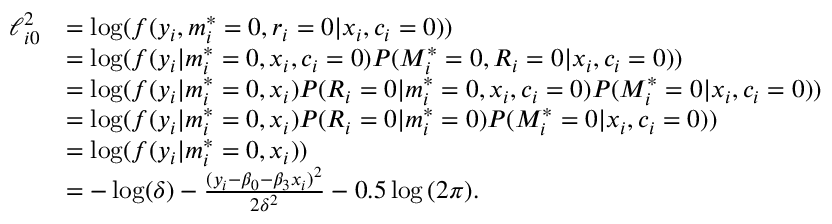
\begin{array} { r l } { \ell _ { i 0 } ^ { 2 } } & { = \log ( f ( y _ { i } , m _ { i } ^ { * } = 0 , r _ { i } = 0 | x _ { i } , c _ { i } = 0 ) ) } \\ & { = \log ( f ( y _ { i } | m _ { i } ^ { * } = 0 , x _ { i } , c _ { i } = 0 ) P ( M _ { i } ^ { * } = 0 , R _ { i } = 0 | x _ { i } , c _ { i } = 0 ) ) } \\ & { = \log ( f ( y _ { i } | m _ { i } ^ { * } = 0 , x _ { i } ) P ( R _ { i } = 0 | m _ { i } ^ { * } = 0 , x _ { i } , c _ { i } = 0 ) P ( M _ { i } ^ { * } = 0 | x _ { i } , c _ { i } = 0 ) ) } \\ & { = \log ( f ( y _ { i } | m _ { i } ^ { * } = 0 , x _ { i } ) P ( R _ { i } = 0 | m _ { i } ^ { * } = 0 ) P ( M _ { i } ^ { * } = 0 | x _ { i } , c _ { i } = 0 ) ) } \\ & { = \log ( f ( y _ { i } | m _ { i } ^ { * } = 0 , x _ { i } ) ) } \\ & { = - \log ( \delta ) - \frac { ( y _ { i } - \beta _ { 0 } - \beta _ { 3 } x _ { i } ) ^ { 2 } } { 2 \delta ^ { 2 } } - 0 . 5 \log { ( 2 \pi ) } . } \end{array}